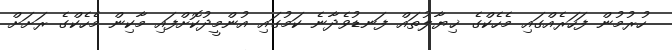
ހުރުމުން ފަހަރެއްގައި މެހެކްގެ ޚިޔާލުތައް ފަނޑުވެދާނެ ކަމުގައި އުންމީދުކޮށްފައި މާކިން މެހެކްގެ ރަށަށް